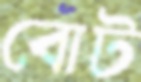
বোট